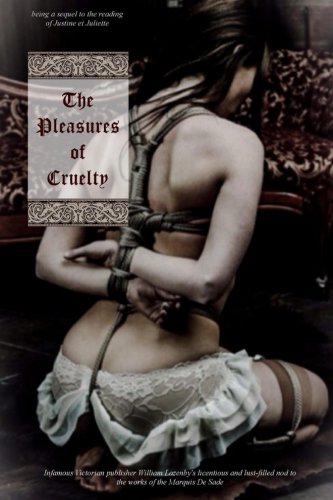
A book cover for The Pleasures of Cruelty: being the sequel to the readings of Justine et Juliette; Anonymous; Romance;